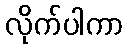
လိုက်ပါကာ